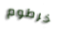
خرطوم